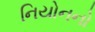
નિયોનનો